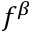
f ^ { \beta }